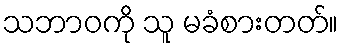
သဘာဝကို သူ မခံစားတတ်။